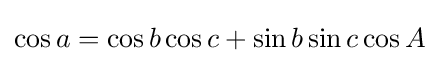
\cos a=\cos b\cos c+\sin b\sin c\cos A